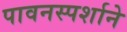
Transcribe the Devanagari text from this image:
पावनस्पर्शाने